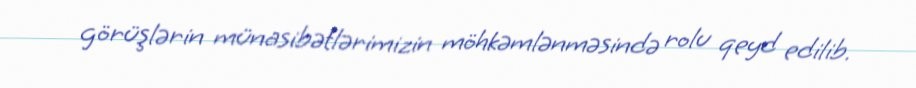
görüşlərin münasibətlərimizin möhkəmlənməsində rolu qeyd edilib.